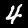
Digit: 4